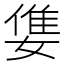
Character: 𡠓